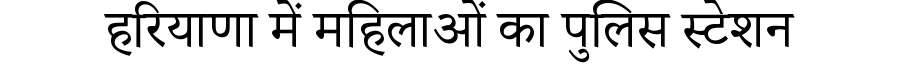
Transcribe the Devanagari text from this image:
हरियाणा में महिलाओं का पुलिस स्टेशन